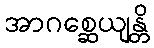
အာဂစ္ဆေယျန္တိ